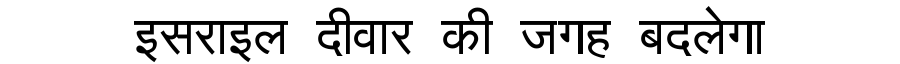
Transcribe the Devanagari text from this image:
इसराइल दीवार की जगह बदलेगा